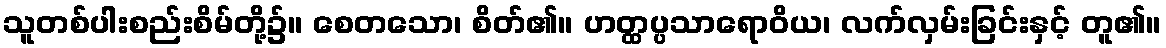
သူတစ်ပါးစည်းစိမ်တို့၌။ စေတသော၊ စိတ်၏။ ဟတ္ထပ္ပသာရောဝိယ၊ လက်လှမ်းခြင်းနှင့် တူ၏။